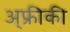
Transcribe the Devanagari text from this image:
अ्फ्रीकी